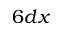
6 d x